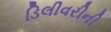
ડિલીવરીની